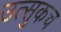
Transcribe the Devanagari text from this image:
उत्सुकच